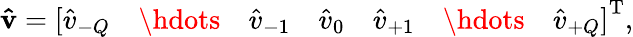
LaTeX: \mathbf{\hat{v}}=\left[\begin{array}{ccccccc}{\hat{v}_{-Q}}&{\hdots}&{\hat{v}_{-1}}&{\hat{v}_{0}}&{\hat{v}_{+1}}&{\hdots}&{\hat{v}_{+Q}}\end{array}\right]^{\mathrm{T}},